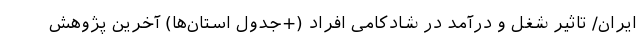
ایران/ تاثیر شغل و درآمد در شادکامی افراد (+جدول استان‌ها) آخرین پژوهش